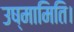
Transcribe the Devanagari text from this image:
उष्मामिति।